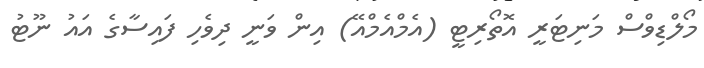
މޯލްޑިވްސް މަނިޓަރީ އޮތޯރިޓީ (އެމްއެމްއޭ) އިން ވަނީ ދިވެހި ފައިސާގެ އައު ނޫޓު